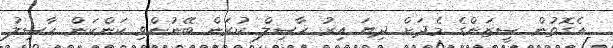
އެގޮތުން ސީޒަންގެ މެދަށް ދިޔަ އިރު ހާސިލް ކުރަން ބޭނުންވި ކަންކަން ހާސިލު